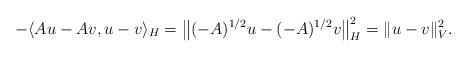
LaTeX: \begin{align*}-\langle A u-A v,u- v\rangle_{H}=\big\|(-A)^{1/2}u-(-A)^{1/2}v\big\|_{ H}^2=\|u-v\|_{V}^2.\end{align*}